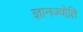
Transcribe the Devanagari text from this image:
ज्ञानज्योति